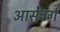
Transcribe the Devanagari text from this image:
आर्सेंबर्ग